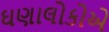
ઘણાલોકોએ